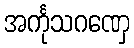
အင်္ကုသဂဏှေ